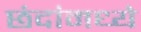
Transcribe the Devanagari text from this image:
छंदांमध्ये